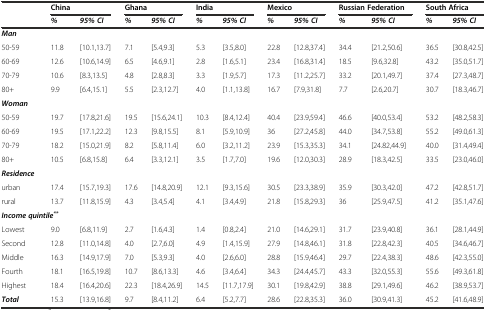
<table><thead><tr><td rowspan="2"></td><td colspan="2"><b>China</b></td><td colspan="2"><b>Ghana</b></td><td colspan="2"><b>India</b></td><td colspan="2"><b>Mexico</b></td><td colspan="2"><b>Russian Federation</b></td><td colspan="2"><b>South Africa</b></td></tr><tr><td><b><i>%</i></b></td><td><b><i>95% CI</i></b></td><td><b><i>%</i></b></td><td><b><i>95% CI</i></b></td><td><b><i>%</i></b></td><td><b><i>95% CI</i></b></td><td><b><i>%</i></b></td><td><b><i>95% CI</i></b></td><td><b><i>%</i></b></td><td><b><i>95% CI</i></b></td><td><b><i>%</i></b></td><td><b><i>95% CI</i></b></td></tr></thead><tbody><tr><td><b><i>Man</i></b></td><td></td><td></td><td></td><td></td><td></td><td></td><td></td><td></td><td></td><td></td><td></td><td></td></tr><tr><td>50-59</td><td>11.8</td><td>[10.1,13.7]</td><td>7.1</td><td>[5.4,9.3]</td><td>5.3</td><td>[3.5,8.0]</td><td>22.8</td><td>[12.8,37.4]</td><td>34.4</td><td>[21.2,50.6]</td><td>36.5</td><td>[30.8,42.5]</td></tr><tr><td>60-69</td><td>12.6</td><td>[10.6,14.9]</td><td>6.5</td><td>[4.6,9.1]</td><td>2.8</td><td>[1.6,5.1]</td><td>23.4</td><td>[16.8,31.4]</td><td>18.5</td><td>[9.6,32.8]</td><td>43.2</td><td>[35.0,51.7]</td></tr><tr><td>70-79</td><td>10.6</td><td>[8.3,13.5]</td><td>4.8</td><td>[2.8,8.3]</td><td>3.3</td><td>[1.9,5.7]</td><td>17.3</td><td>[11.2,25.7]</td><td>33.2</td><td>[20.1,49.7]</td><td>37.4</td><td>[27.3,48.7]</td></tr><tr><td>80+</td><td>9.9</td><td>[6.4,15.1]</td><td>5.5</td><td>[2.3,12.7]</td><td>4.0</td><td>[1.1,13.8]</td><td>16.7</td><td>[7.9,31.8]</td><td>7.7</td><td>[2.6,20.7]</td><td>30.7</td><td>[18.3,46.7]</td></tr><tr><td><b><i>Woman</i></b></td><td></td><td></td><td></td><td></td><td></td><td></td><td></td><td></td><td></td><td></td><td></td><td></td></tr><tr><td>50-59</td><td>19.7</td><td>[17.8,21.6]</td><td>19.5</td><td>[15.6,24.1]</td><td>10.3</td><td>[8.4,12.4]</td><td>40.4</td><td>[23.9,59.4]</td><td>46.6</td><td>[40.0,53.4]</td><td>53.2</td><td>[48.2,58.3]</td></tr><tr><td>60-69</td><td>19.5</td><td>[17.1,22.2]</td><td>12.3</td><td>[9.8,15.5]</td><td>8.1</td><td>[5.9,10.9]</td><td>36</td><td>[27.2,45.8]</td><td>44.0</td><td>[34.7,53.8]</td><td>55.2</td><td>[49.0,61.3]</td></tr><tr><td>70-79</td><td>18.2</td><td>[15.0,21.9]</td><td>8.2</td><td>[5.8,11.4]</td><td>6.0</td><td>[3.2,11.2]</td><td>23.9</td><td>[15.3,35.3]</td><td>34.1</td><td>[24.82,44.9]</td><td>40.0</td><td>[31.4,49.4]</td></tr><tr><td>80+</td><td>10.5</td><td>[6.8,15.8]</td><td>6.4</td><td>[3.3,12.1]</td><td>3.5</td><td>[1.7,7.0]</td><td>19.6</td><td>[12.0,30.3]</td><td>28.9</td><td>[18.3,42.5]</td><td>33.5</td><td>[23.0,46.0]</td></tr><tr><td><b><i>Residence</i></b></td><td></td><td></td><td></td><td></td><td></td><td></td><td></td><td></td><td></td><td></td><td></td><td></td></tr><tr><td>urban</td><td>17.4</td><td>[15.7,19.3]</td><td>17.6</td><td>[14.8,20.9]</td><td>12.1</td><td>[9.3,15.6]</td><td>30.5</td><td>[23.3,38.9]</td><td>35.9</td><td>[30.3,42.0]</td><td>47.2</td><td>[42.8,51.7]</td></tr><tr><td>rural</td><td>13.7</td><td>[11.8,15.9]</td><td>4.3</td><td>[3.4,5.4]</td><td>4.1</td><td>[3.4,4.9]</td><td>21.8</td><td>[15.8,29.3]</td><td>36</td><td>[25.9,47.5]</td><td>41.2</td><td>[35.1,47.6]</td></tr><tr><td colspan="2"><b><i>Income quintile</i></b><sup><b><i>**</i></b></sup></td><td></td><td></td><td></td><td></td><td></td><td></td><td></td><td></td><td></td><td></td><td></td></tr><tr><td>Lowest</td><td>9.0</td><td>[6.8,11.9]</td><td>2.7</td><td>[1.6,4.3]</td><td>1.4</td><td>[0.8,2.4]</td><td>21.0</td><td>[14.6,29.1]</td><td>31.7</td><td>[23.9,40.8]</td><td>36.1</td><td>[28.1,44.9]</td></tr><tr><td>Second</td><td>12.8</td><td>[11.0,14.8]</td><td>4.0</td><td>[2.7,6.0]</td><td>4.9</td><td>[1.4,15.9]</td><td>27.9</td><td>[14.8,46.1]</td><td>31.8</td><td>[22.8,42.3]</td><td>40.5</td><td>[34.6,46.7]</td></tr><tr><td>Middle</td><td>16.3</td><td>[14.9,17.9]</td><td>7.0</td><td>[5.3,9.3]</td><td>4.0</td><td>[2.6,6.0]</td><td>28.8</td><td>[15.9,46.4]</td><td>29.7</td><td>[22.4,38.3]</td><td>48.6</td><td>[42.3,55.0]</td></tr><tr><td>Fourth</td><td>18.1</td><td>[16.5,19.8]</td><td>10.7</td><td>[8.6,13.3]</td><td>4.6</td><td>[3.4,6.4]</td><td>34.3</td><td>[24.4,45.7]</td><td>43.3</td><td>[32.0,55.3]</td><td>55.6</td><td>[49.3,61.8]</td></tr><tr><td>Highest</td><td>18.4</td><td>[16.4,20.6]</td><td>22.3</td><td>[18.4,26.9]</td><td>14.5</td><td>[11.7,17.9]</td><td>30.1</td><td>[19.8,42.9]</td><td>38.8</td><td>[29.1,49.6]</td><td>46.2</td><td>[38.9,53.7]</td></tr><tr><td><b><i>Total</i></b></td><td>15.3</td><td>[13.9,16.8]</td><td>9.7</td><td>[8.4,11.2]</td><td>6.4</td><td>[5.2,7.7]</td><td>28.6</td><td>[22.8,35.3]</td><td>36.0</td><td>[30.9,41.3]</td><td>45.2</td><td>[41.6,48.9]</td></tr></tbody></table>